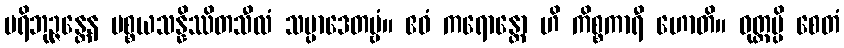
ပရိဘုဉ္ဇန္တေန ပစ္စယသန္နိဿိတသီလံ သမ္ပာဒေတဗ္ဗံ။ ဧဝံ ကရောန္တော ဟိ ကိစ္စကာရီ ဟောတိ။ ဝုတ္တမ္ပိ စေတံ